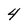
Character: 4